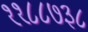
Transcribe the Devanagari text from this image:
११८८७३८